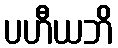
ပဟီယဘိ